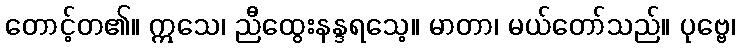
တောင့်တ၏။ ဣသေ၊ ညီထွေးနန္ဒရသေ့။ မာတာ၊ မယ်တော်သည်။ ပုဗ္ဗေ၊